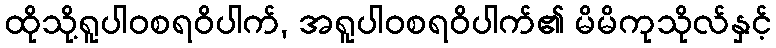
ထိုသို့ရူပါဝစရဝိပါက်, အရူပါဝစရဝိပါက်၏ မိမိကုသိုလ်နှင့်